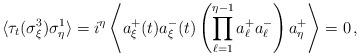
LaTeX: \begin{align*} \langle \tau_t(\sigma_{\xi}^3) \sigma_{\eta}^1 \rangle = i^{\eta} \left\langle a_{\xi}^+(t) a_{\xi}^-(t) \left( \prod_{\ell = 1}^{\eta -1} a_{\ell}^+ a_{\ell}^- \right) a_{\eta}^{+} \right\rangle =0 \, ,\end{align*}